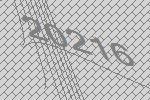
20216